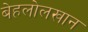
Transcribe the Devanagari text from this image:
बेहलोलखान